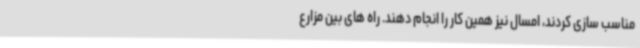
مناسب سازی کردند، امسال نیز همین کار را انجام دهند. راه های بین مزارع